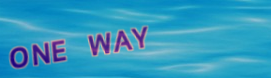
ONE WAY